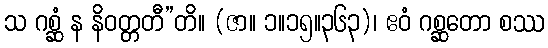
သ ဂစ္ဆံ န နိဝတ္တတီ”တိ။ (ဇာ။ ၁။၁၅။၃၆၃)၊ ဧဝံ ဂစ္ဆတော စဿ